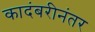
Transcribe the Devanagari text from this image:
कादंबरीनंतर